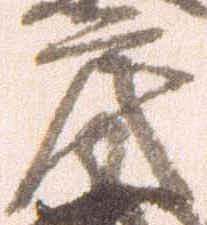
房